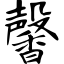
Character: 馨